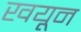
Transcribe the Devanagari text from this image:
खयून